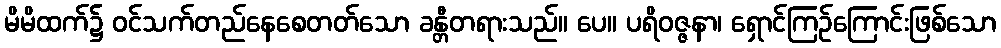
မိမိထက်၌ ဝင်သက်တည်နေစေတတ်သော ခန္တီတရားသည်။ ပေ။ ပရိဝဇ္ဇနာ၊ ရှောင်ကြဉ်ကြောင်းဖြစ်သော